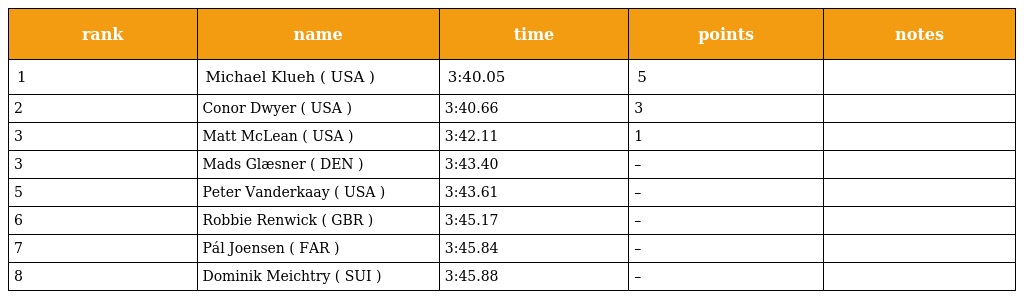
| rank | name | time | points | notes |
 | --- | --- | --- | --- | --- |
 | 1 | Michael Klueh ( USA ) | 3:40.05 | 5 |  |
 | 2 | Conor Dwyer ( USA ) | 3:40.66 | 3 |  |
 | 3 | Matt McLean ( USA ) | 3:42.11 | 1 |  |
 | 3 | Mads Glæsner ( DEN ) | 3:43.40 | – |  |
 | 5 | Peter Vanderkaay ( USA ) | 3:43.61 | – |  |
 | 6 | Robbie Renwick ( GBR ) | 3:45.17 | – |  |
 | 7 | Pál Joensen ( FAR ) | 3:45.84 | – |  |
 | 8 | Dominik Meichtry ( SUI ) | 3:45.88 | – |  |